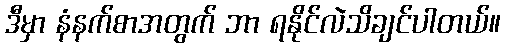
ဒီမှာ နံနက်စာအတွက် ဘာ ရနိုင်လဲသိချင်ပါတယ်။